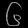
Digit: ၆